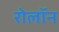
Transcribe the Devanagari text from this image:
रोलॉन